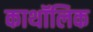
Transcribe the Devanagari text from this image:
काथॉलिक